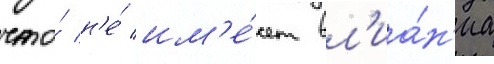
что́ н'е́ им'е́ет вл'иа́н'иа